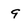
Character: 9